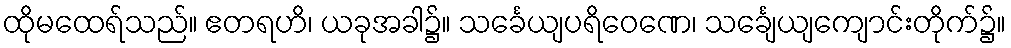
ထိုမထေရ်သည်။ ဧတရဟိ၊ ယခုအခါ၌။ သင်္ခေယျပရိဝေဏေ၊ သင်္ချေယျကျောင်းတိုက်၌။